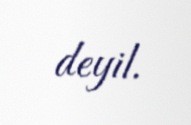
deyil.